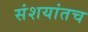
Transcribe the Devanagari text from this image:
संशयांतच